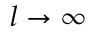
l \rightarrow \infty